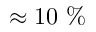
\approx 1 0 \ \%